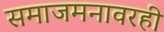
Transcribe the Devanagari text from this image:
समाजमनावरही